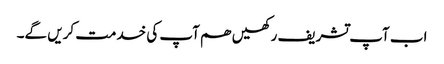
اب آپ تشریف رکھیں ھم آپ کی خدمت کریں گے۔